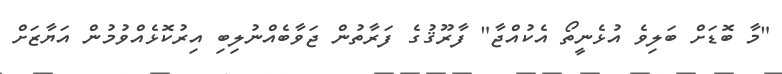
"މާ ބޮޑަށް ބަލިވެ އުޅެނީތޯ އެކުއްޖާ" ފާރޫޤުގެ ފަރާތުން ޖަވާބެއްނުލިބި އިރުކޮޅެއްވުމުން އަޔާޒަށް